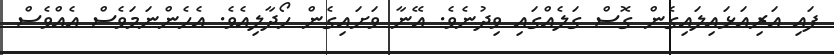
ފައި އަރިއަޅައިލައިގެން ގޮސް ގަލެއްގައި ވިދުނެވެ. އޭނާ ވަށައިގެން ހޯދާލިއެވެ. އެހެންނަމަވެސް އެއްވެސް